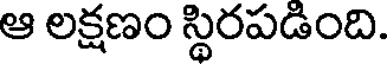
ఆ లక్షణం స్థిరపడింది.